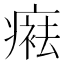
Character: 𤹒